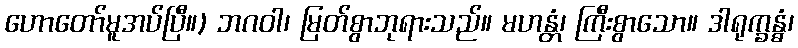
ဟောတော်မူအပ်ပြီ။) ဘဂဝါ၊ မြတ်စွာဘုရားသည်။ မဟန္တံ၊ ကြီးစွာသော။ ဒါရုက္ခန္ဓံ၊